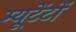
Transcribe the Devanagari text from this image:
म्यूटेंटों